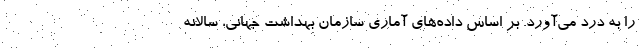
را به درد می‌آورد. بر اساس داده‌های آماری سازمان بهداشت جهانی، سالانه